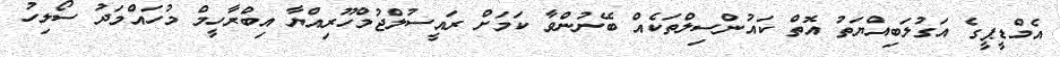
އެމްޑީޕީގެ އަގުލަބިއްޔަތު އޮތް ކައުންސިލްތަކެއް ބޭނުންވާ ކަމަށް ރައީސުލްޖުމްހޫރިއްޔާ އިބްރާހީމް މުހައްމަދު ސޯލިހު